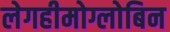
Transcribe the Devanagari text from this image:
लेगहीमोग्लोबिन